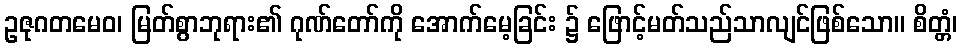
ဥဇုဂတမေဝ၊ မြတ်စွာဘုရား၏ ဂုဏ်တော်ကို အောက်မေ့ခြင်း ၌ ဖြောင့်မတ်သည်သာလျင်ဖြစ်သော။ စိတ္တံ၊